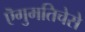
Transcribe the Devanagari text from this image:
ऎगुमतिचेसे